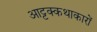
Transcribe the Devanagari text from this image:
आट्टक्कथाकारों